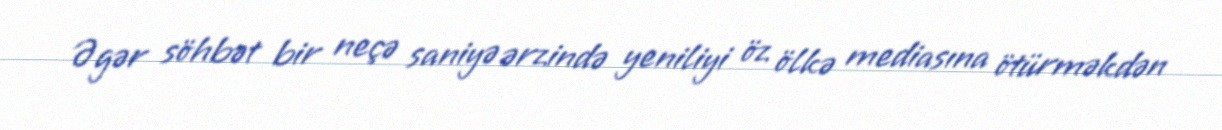
Əgər söhbət bir neçə saniyə ərzində yeniliyi öz ölkə mediasına ötürməkdən